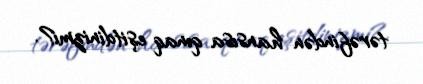
tərəfindən hansısa qınaq eşitdinizmi?.